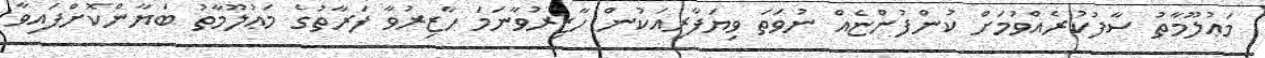
މަޢުލޫމާތު ސާފުކުރެއްވުމަށް ކުންފުންޏެއް ނުވަތަ ވިޔަފާރިއަކުން ހާޒިރުވާނަމަ ހާޒިރުވާ ފަރާތުގެ މަޢުލޫމާތު ބަޔާންކޮށްފައިވާ